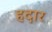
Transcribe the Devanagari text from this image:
हदार